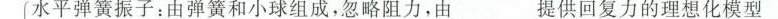
水平弹簧振子：由弹簧和小球组成，忽略阻力，由___提供回复力的理想化模型